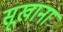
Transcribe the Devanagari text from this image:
सूखाना